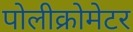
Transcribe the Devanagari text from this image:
पोलीक्रोमेटर